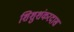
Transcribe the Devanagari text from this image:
शिशुशंकरदास